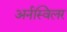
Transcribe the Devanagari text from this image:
अर्नस्विलर